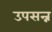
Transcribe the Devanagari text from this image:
उपसन्न